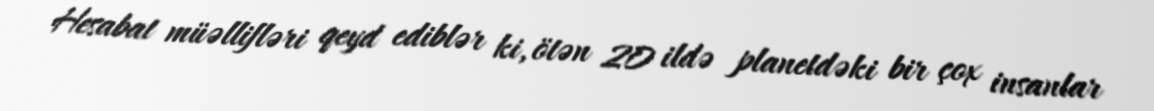
Hesabat müəllifləri qeyd ediblər ki, ötən 20 ildə planetdəki bir çox insanlar